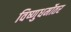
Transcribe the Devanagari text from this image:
विष्णुधर्मोतर